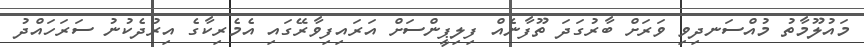
މައުލޫމާތު މުއްސަނދިވި ވަރަށް ބާރުގަދަ ތޫފާނެއް ފިލިޕީންސަށް އަރައިފިވާރޭގައި އެމެރިކާގެ އިރުދެކުނު ސަރަހައްދު